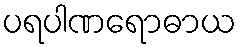
ပရပါဏရောဓာယ